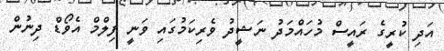
އަދި ކުރީގެ ރައީސް މުހައްމަދު ނަޝީދު ވެރިކަމުގައި ވަނީ ފިލްމް އެވޯޑް ދިނުން